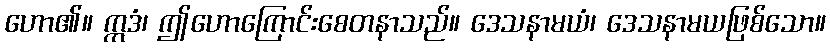
ဟော၏။ ဣဒံ၊ ဤဟောကြောင်းစေတနာသည်။ ဒေသနာမယံ၊ ဒေသနာမယဖြစ်သော။